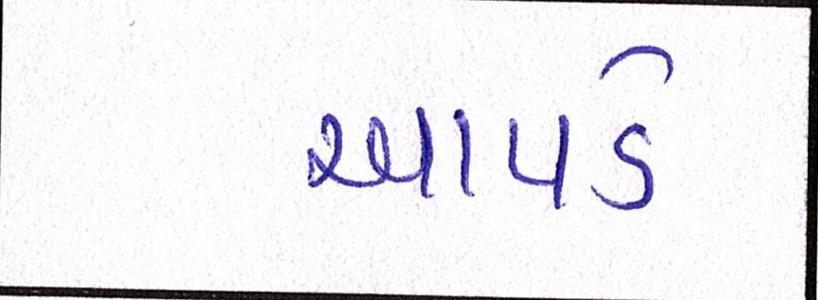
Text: આપડે